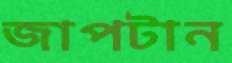
জাপটান